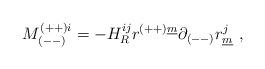
LaTeX: \begin{align*}M^{(++)i}_{(--)} = - H_R^{ij}r^{(++)\underline{m}}\partial_{(--)}r^j_{\underline{m}}~,\end{align*}